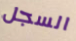
السجل